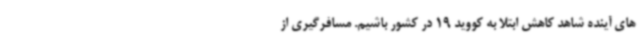
های آینده شاهد کاهش ابتلا به کووید 19 در کشور باشیم. مسافرگیری از